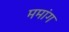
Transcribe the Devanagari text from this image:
ममांग